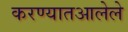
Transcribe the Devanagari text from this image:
करण्यातआलेले